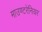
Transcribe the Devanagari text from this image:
माउण्टरेनियर